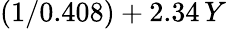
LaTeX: (1/0.408)+2.34\, Y